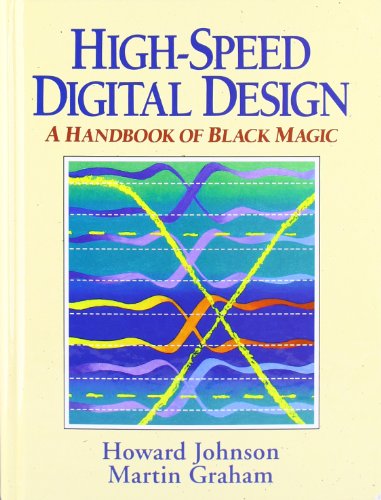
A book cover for High Speed Digital Design: A Handbook of Black Magic; Howard Johnson; Computers & Technology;